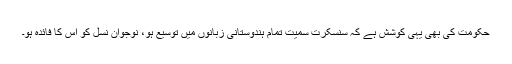
حکومت کی بھی یہی کوشش ہے کہ سنسکرت سمیت تمام ہندوستانی زبانوں میں توسیع ہو، نوجوان نسل کو اس کا فائدہ ہو۔